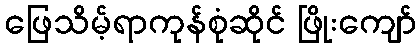
ဖြေသိမ့်ရာကုန်စုံဆိုင် ဖြိုးကျော်